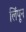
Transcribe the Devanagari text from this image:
लिंपून